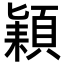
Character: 𮨍